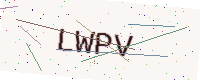
Text: LWPV